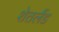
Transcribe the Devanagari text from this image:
शेतलैंड